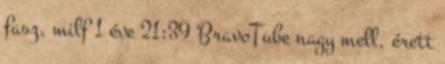
fasz, milf 1 éve 21:39 BravoTube nagy mell, érett